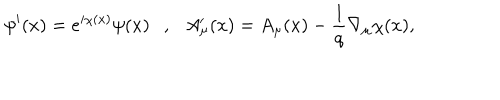
LaTeX: \psi ^ { \prime } ( x ) = e ^ { i \chi ( x ) } \psi ( x ) \ \ \ , \ \ \ A _ { \mu } ^ { \prime } ( x ) = A _ { \mu } ( x ) - \frac { 1 } { q } \nabla _ { \mu } \chi ( x ) ,